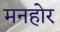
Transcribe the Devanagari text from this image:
मनहोर